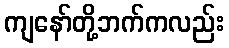
ကျနော်တို့ဘက်ကလည်း